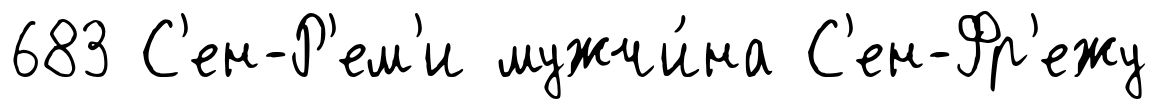
683 С'ен-Р'ем'и мужчи́на С'ен-Фр'ежу